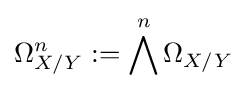
\Omega _{X/Y}^{n}:=\bigwedge ^{n}\Omega _{X/Y}